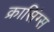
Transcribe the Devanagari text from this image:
क्रासिंग्स